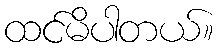
ထင်မိပါတယ်။